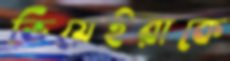
ভিয়েইরাকে